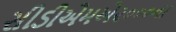
સીડીએમએ૨૦૦૦ના